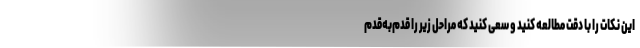
این نکات را با دقت مطالعه کنید و سعی کنید که مراحل زیر را قدم‌به‌قدم